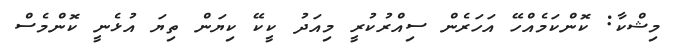
މިޝްކާ: ކޮންކަމެއްހޭ އަހަރެން ސިއްރުކުރީ މިއަދު ކީކޭ ކިޔަން ތިޔަ އުޅެނީ ކޮންމެސް